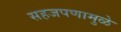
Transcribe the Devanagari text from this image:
सहजपणामुळे